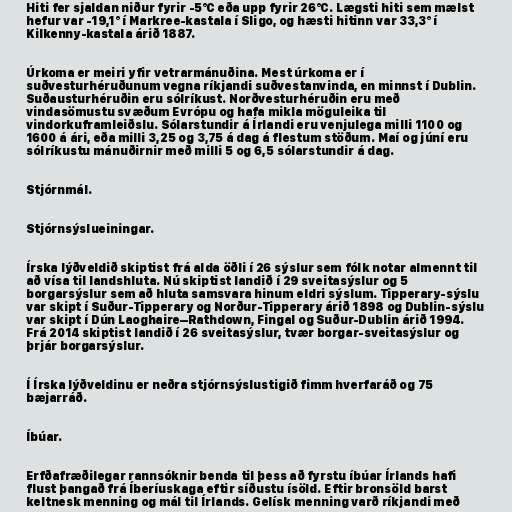
Hiti fer sjaldan niður fyrir -5°C eða upp fyrir 26°C. Lægsti hiti sem mælst
hefur var -19,1° í Markree-kastala í Sligo, og hæsti hitinn var 33,3° í
Kilkenny-kastala árið 1887.

Úrkoma er meiri yfir vetrarmánuðina. Mest úrkoma er í
suðvesturhéruðunum vegna ríkjandi suðvestanvinda, en minnst í Dublin.
Suðausturhéruðin eru sólríkust. Norðvesturhéruðin eru með
vindasömustu svæðum Evrópu og hafa mikla möguleika til
vindorkuframleiðslu. Sólarstundir á Írlandi eru venjulega milli 1100 og
1600 á ári, eða milli 3,25 og 3,75 á dag á flestum stöðum. Maí og júní eru
sólríkustu mánuðirnir með milli 5 og 6,5 sólarstundir á dag.

Stjórnmál.

Stjórnsýslueiningar.

Írska lýðveldið skiptist frá alda öðli í 26 sýslur sem fólk notar almennt til
að vísa til landshluta. Nú skiptist landið í 29 sveitasýslur og 5
borgarsýslur sem að hluta samsvara hinum eldri sýslum. Tipperary-sýslu
var skipt í Suður-Tipperary og Norður-Tipperary árið 1898 og Dublin-sýslu
var skipt í Dún Laoghaire–Rathdown, Fingal og Suður-Dublin árið 1994.
Frá 2014 skiptist landið í 26 sveitasýslur, tvær borgar-sveitasýslur og
þrjár borgarsýslur.

Í Írska lýðveldinu er neðra stjórnsýslustigið fimm hverfaráð og 75
bæjarráð.

Íbúar.

Erfðafræðilegar rannsóknir benda til þess að fyrstu íbúar Írlands hafi
flust þangað frá Íberíuskaga eftir síðustu ísöld. Eftir bronsöld barst
keltnesk menning og mál til Írlands. Gelísk menning varð ríkjandi með